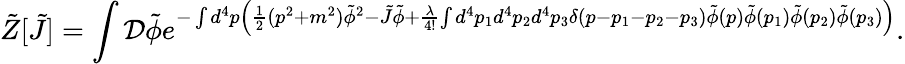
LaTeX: {\tilde{Z}}[{\tilde{J}}]=\int{\mathcal{D}}{\tilde{\phi}}e^{-\int d^{4}p\left({\frac{1}{2}}(p^{2}+m^{2}){\tilde{\phi}}^{2}-{\tilde{J}}{\tilde{\phi}}+{\frac{\lambda}{4!}}{\int d^{4}p_{1}d^{4}p_{2}d^{4}p_{3}\delta(p-p_{1}-p_{2}-p_{3}){\tilde{\phi}}(p){\tilde{\phi}}(p_{1}){\tilde{\phi}}(p_{2}){\tilde{\phi}}(p_{3})}\right)}.